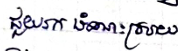
ជួយរក ដំណោះស្រាយ